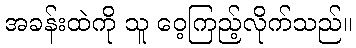
အခန်းထဲကို သူ ဝေ့ကြည့်လိုက်သည်။